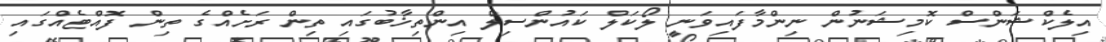
އިލެކްޝަންސް ކޮމިޝަނުން ނިންމާފައިވަނީ ލޯކަލް ކައުންސިލް އިންތިޚާބުގައި ތިން ރަށެއްގެ ތިން ފޮއްޓެއްގައި